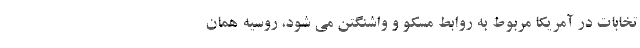
تخابات در آمریکا مربوط به روابط مسکو و واشنگتن می شود، روسیه همان